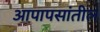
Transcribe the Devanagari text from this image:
आपापसांतील